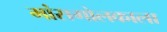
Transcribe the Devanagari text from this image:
मांसगोलकाला